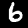
Label: 6